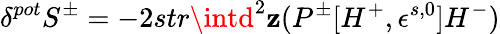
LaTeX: \delta^{pot}S^{\pm}=-2str\intd^{2}\mathbf{z}(P^{\pm}[H^{+},\epsilon^{s,0}]H^{-})